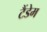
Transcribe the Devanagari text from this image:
टैंडेम